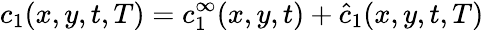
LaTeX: c_{1}(x,y,t,T)=c_{1}^{\infty}(x,y,t)+\hat{c}_{1}(x,y,t,T)